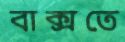
বাক্সতে